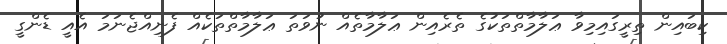
ކިބައިން ތިރީގައިމިވާ ޢަލާމާތްތަކުގެ ތެރެއިން ޢަލާމާތެއް ނުވަތަ ޢަލާމާތްތަކެއް ފެނިއްޖެނަމަ އެއީ ޑެންގީ